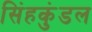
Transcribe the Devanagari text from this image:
सिंहकुंडल